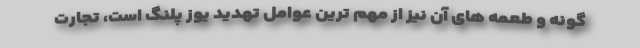
گونه و طعمه های آن نیز از مهم ترین عوامل تهدید یوز پلنگ است، تجارت